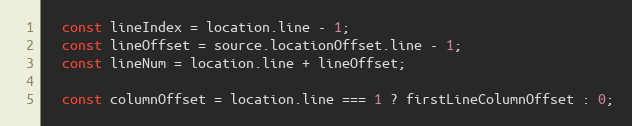
Language: JavaScript
  const lineIndex = location.line - 1;
  const lineOffset = source.locationOffset.line - 1;
  const lineNum = location.line + lineOffset;

  const columnOffset = location.line === 1 ? firstLineColumnOffset : 0;